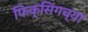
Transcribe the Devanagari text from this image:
फिक्सिंगच्या